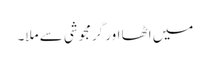
میں اٹھا اور گرمجوشی سے ملا۔